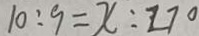
1 0 : 9 = x : 2 7 0